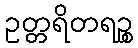
ဥတ္တရိတရဉ္စ